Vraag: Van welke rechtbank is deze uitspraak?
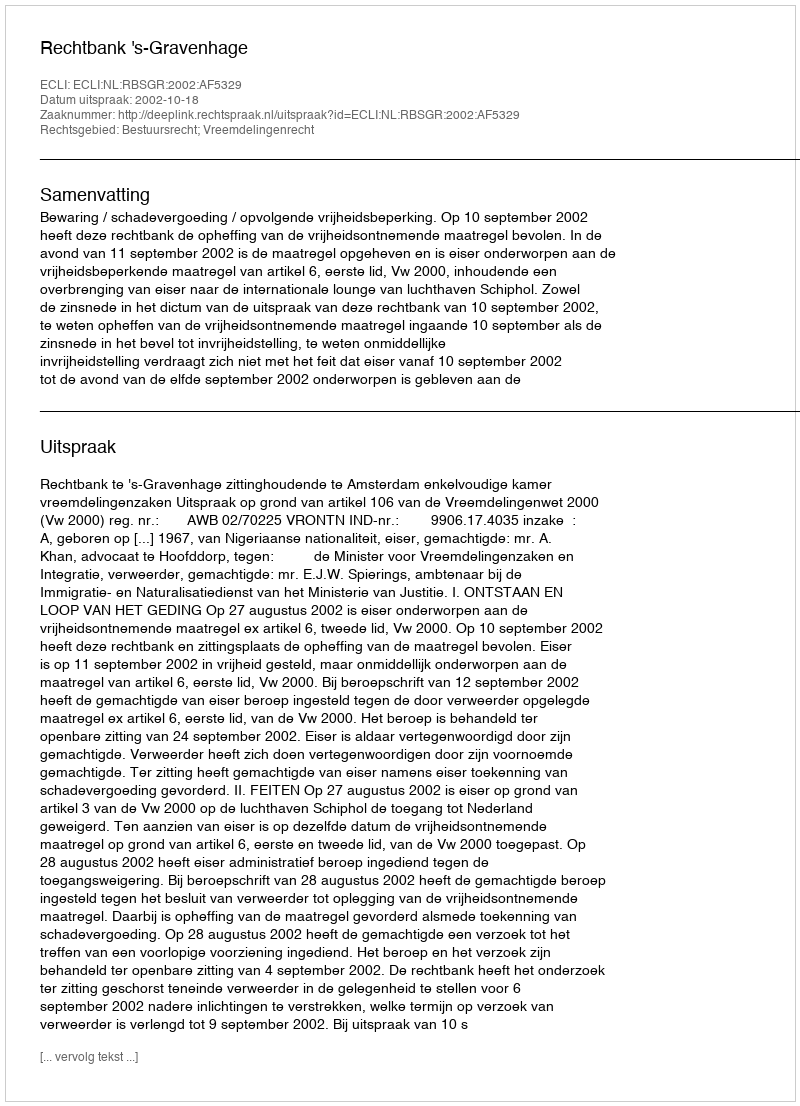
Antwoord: Rechtbank 's-Gravenhage